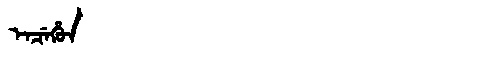
Manchu: ᡝᠨᠴᡝᡥᡠᠨ
Romanization: ENCEHUN